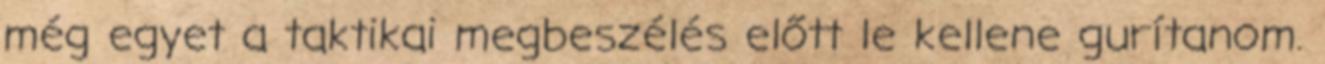
még egyet a taktikai megbeszélés előtt le kellene gurítanom.